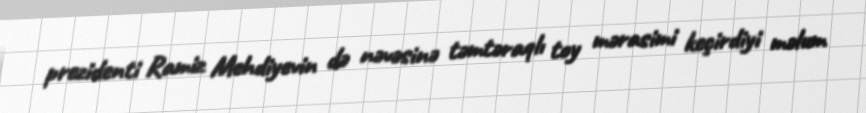
prezidenti Ramiz Mehdiyevin də nəvəsinə təmtəraqlı toy mərasimi keçirdiyi məlum